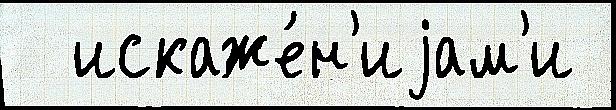
  искаже́н'иjам'и